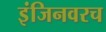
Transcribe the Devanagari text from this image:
इंजिनवरच